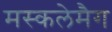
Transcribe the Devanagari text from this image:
मस्कलेमैग